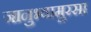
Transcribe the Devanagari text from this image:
जानुभ्यामुरसा